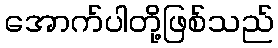
အောက်ပါတို့ဖြစ်သည်